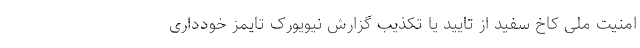
امنیت ملی کاخ سفید از تایید یا تکذیب گزارش نیویورک تایمز خودداری